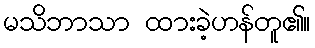
မသိဘာသာ ထားခဲ့ဟန်တူ၏။